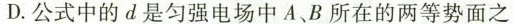
D.公式中的d是匀强电场中A，B所在的两等势面之